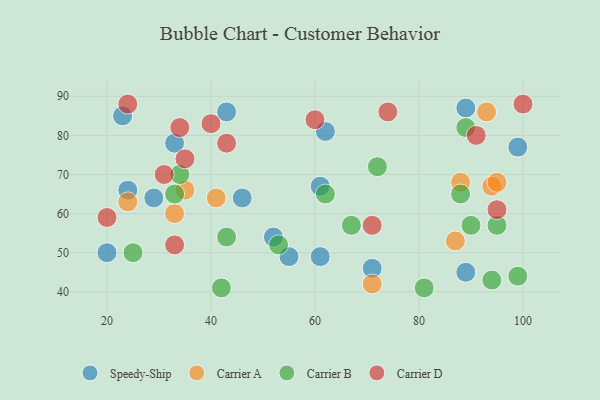
{"axis": {"x": "GDP", "y": "Life Expectancy"}, "legend": ["Carrier A", "Carrier B", "Carrier D", "Speedy-Ship"], "data": [{"x": "52", "y": 54, "type": "Speedy-Ship"}, {"x": "89", "y": 87, "type": "Speedy-Ship"}, {"x": "99", "y": 77, "type": "Speedy-Ship"}, {"x": "55", "y": 49, "type": "Speedy-Ship"}, {"x": "24", "y": 66, "type": "Speedy-Ship"}, {"x": "71", "y": 46, "type": "Speedy-Ship"}, {"x": "46", "y": 64, "type": "Speedy-Ship"}, {"x": "29", "y": 64, "type": "Speedy-Ship"}, {"x": "61", "y": 49, "type": "Speedy-Ship"}, {"x": "89", "y": 45, "type": "Speedy-Ship"}, {"x": "33", "y": 78, "type": "Speedy-Ship"}, {"x": "43", "y": 86, "type": "Speedy-Ship"}, {"x": "23", "y": 85, "type": "Speedy-Ship"}, {"x": "62", "y": 81, "type": "Speedy-Ship"}, {"x": "61", "y": 67, "type": "Speedy-Ship"}, {"x": "20", "y": 50, "type": "Speedy-Ship"}, {"x": "87", "y": 53, "type": "Carrier A"}, {"x": "33", "y": 60, "type": "Carrier A"}, {"x": "94", "y": 67, "type": "Carrier A"}, {"x": "24", "y": 63, "type": "Carrier A"}, {"x": "93", "y": 86, "type": "Carrier A"}, {"x": "41", "y": 64, "type": "Carrier A"}, {"x": "88", "y": 68, "type": "Carrier A"}, {"x": "95", "y": 68, "type": "Carrier A"}, {"x": "71", "y": 42, "type": "Carrier A"}, {"x": "35", "y": 66, "type": "Carrier A"}, {"x": "43", "y": 54, "type": "Carrier B"}, {"x": "42", "y": 41, "type": "Carrier B"}, {"x": "53", "y": 52, "type": "Carrier B"}, {"x": "34", "y": 70, "type": "Carrier B"}, {"x": "99", "y": 44, "type": "Carrier B"}, {"x": "67", "y": 57, "type": "Carrier B"}, {"x": "33", "y": 65, "type": "Carrier B"}, {"x": "90", "y": 57, "type": "Carrier B"}, {"x": "62", "y": 65, "type": "Carrier B"}, {"x": "94", "y": 43, "type": "Carrier B"}, {"x": "89", "y": 82, "type": "Carrier B"}, {"x": "72", "y": 72, "type": "Carrier B"}, {"x": "88", "y": 65, "type": "Carrier B"}, {"x": "81", "y": 41, "type": "Carrier B"}, {"x": "95", "y": 57, "type": "Carrier B"}, {"x": "25", "y": 50, "type": "Carrier B"}, {"x": "60", "y": 84, "type": "Carrier D"}, {"x": "43", "y": 78, "type": "Carrier D"}, {"x": "35", "y": 74, "type": "Carrier D"}, {"x": "100", "y": 88, "type": "Carrier D"}, {"x": "91", "y": 80, "type": "Carrier D"}, {"x": "24", "y": 88, "type": "Carrier D"}, {"x": "31", "y": 70, "type": "Carrier D"}, {"x": "74", "y": 86, "type": "Carrier D"}, {"x": "40", "y": 83, "type": "Carrier D"}, {"x": "20", "y": 59, "type": "Carrier D"}, {"x": "34", "y": 82, "type": "Carrier D"}, {"x": "71", "y": 57, "type": "Carrier D"}, {"x": "95", "y": 61, "type": "Carrier D"}, {"x": "33", "y": 52, "type": "Carrier D"}]}